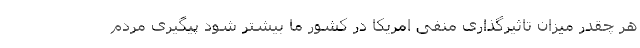
هر چقدر میزان تاثیرگذاری منفی امریکا در کشور ما بیشتر شود پیگیری مردم